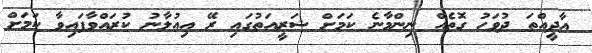
އާދީއްތަ ދުވަހު ގޮތެއް ނިންމާނެ ކަމަށް ޝަރީއަތުގައި ރޭ އިއުލާނު ކުރައްވާފައިވާ ކަމަށް